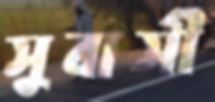
সুবাসী